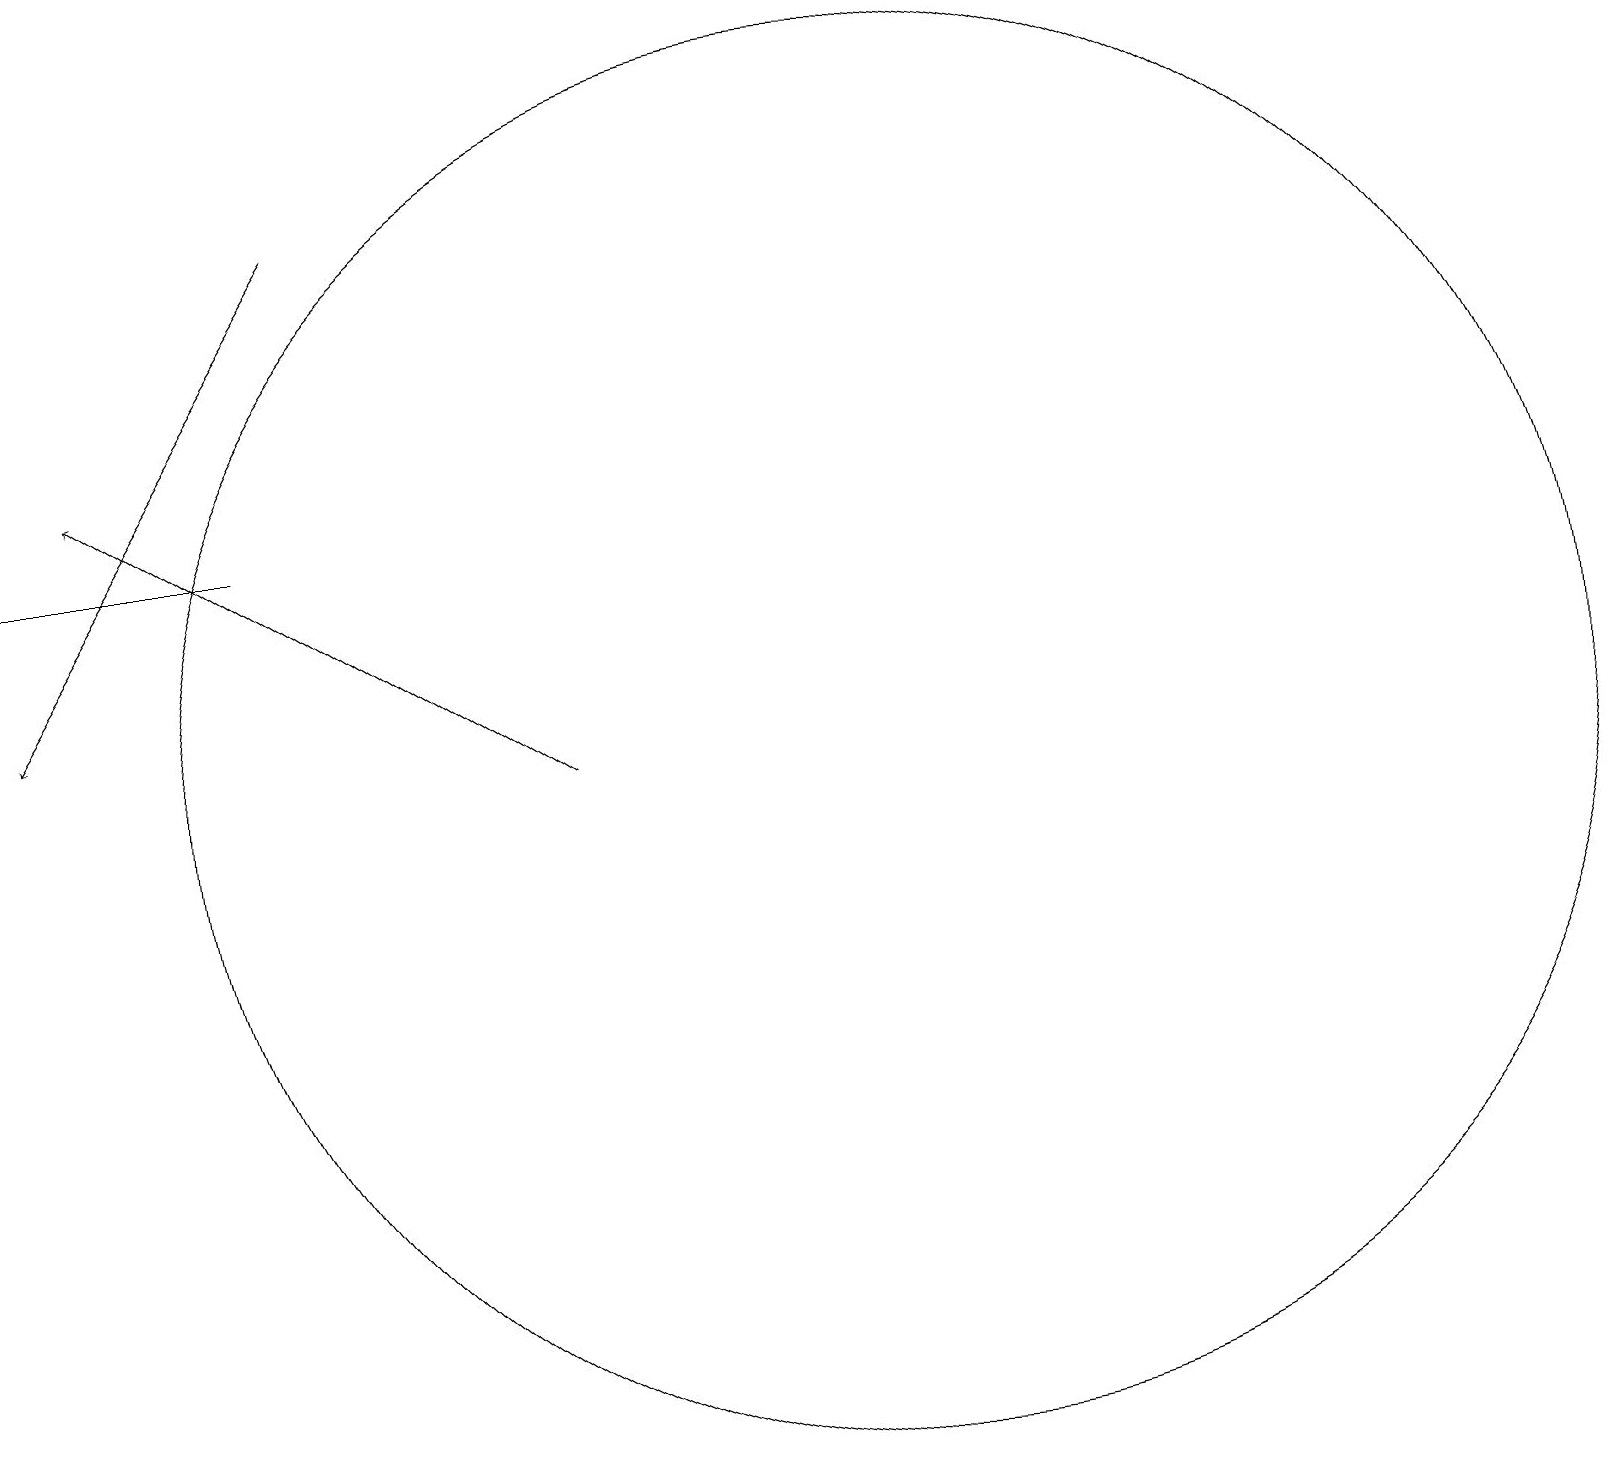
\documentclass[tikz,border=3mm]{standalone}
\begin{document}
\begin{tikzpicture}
\draw (1,14) rectangle (4,14);
\draw[->] (5,18) -- (1,12);
\draw[->] (8,11) -- (2,15);
\draw (12,11) circle (9);
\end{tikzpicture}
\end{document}